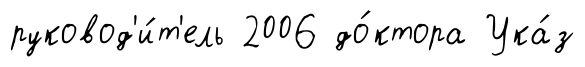
руковод'и́т'ель 2006 до́ктора Ука́з